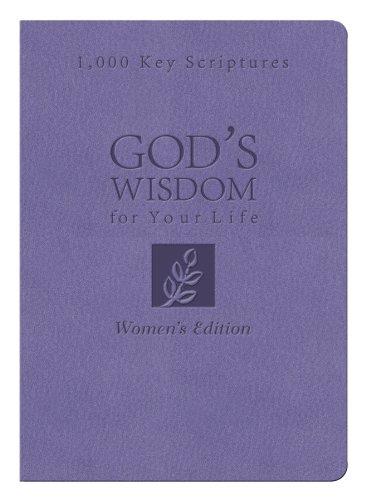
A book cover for BIBLE WISDOM FOR YOUR LIFE: WOMEN'S EDITION; Donna K. Maltese; Christian Books & Bibles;